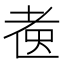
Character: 𱻫